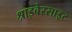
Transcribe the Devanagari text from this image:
श्राइबेरसाइट